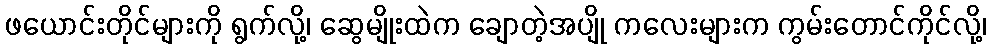
ဖယောင်းတိုင်များကို ရွက်လို့၊ ဆွေမျိုးထဲက ချောတဲ့အပျို ကလေးများက ကွမ်းတောင်ကိုင်လို့၊